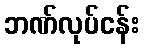
ဘဏ်လုပ်ငန်း